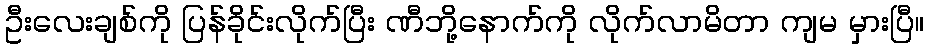
ဦးလေးချစ်ကို ပြန်ခိုင်းလိုက်ပြီး ဏီဘို့နောက်ကို လိုက်လာမိတာ ကျမ မှားပြီ။